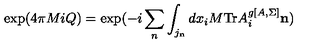
\mathrm { e x p } ( 4 \pi M i Q ) = \mathrm { e x p } ( - i \sum _ { n } \int _ { j _ { { \bf n } } } d x _ { i } M \mathrm { T r } A _ { i } ^ { g [ A , \Sigma ] } { \bf n } )